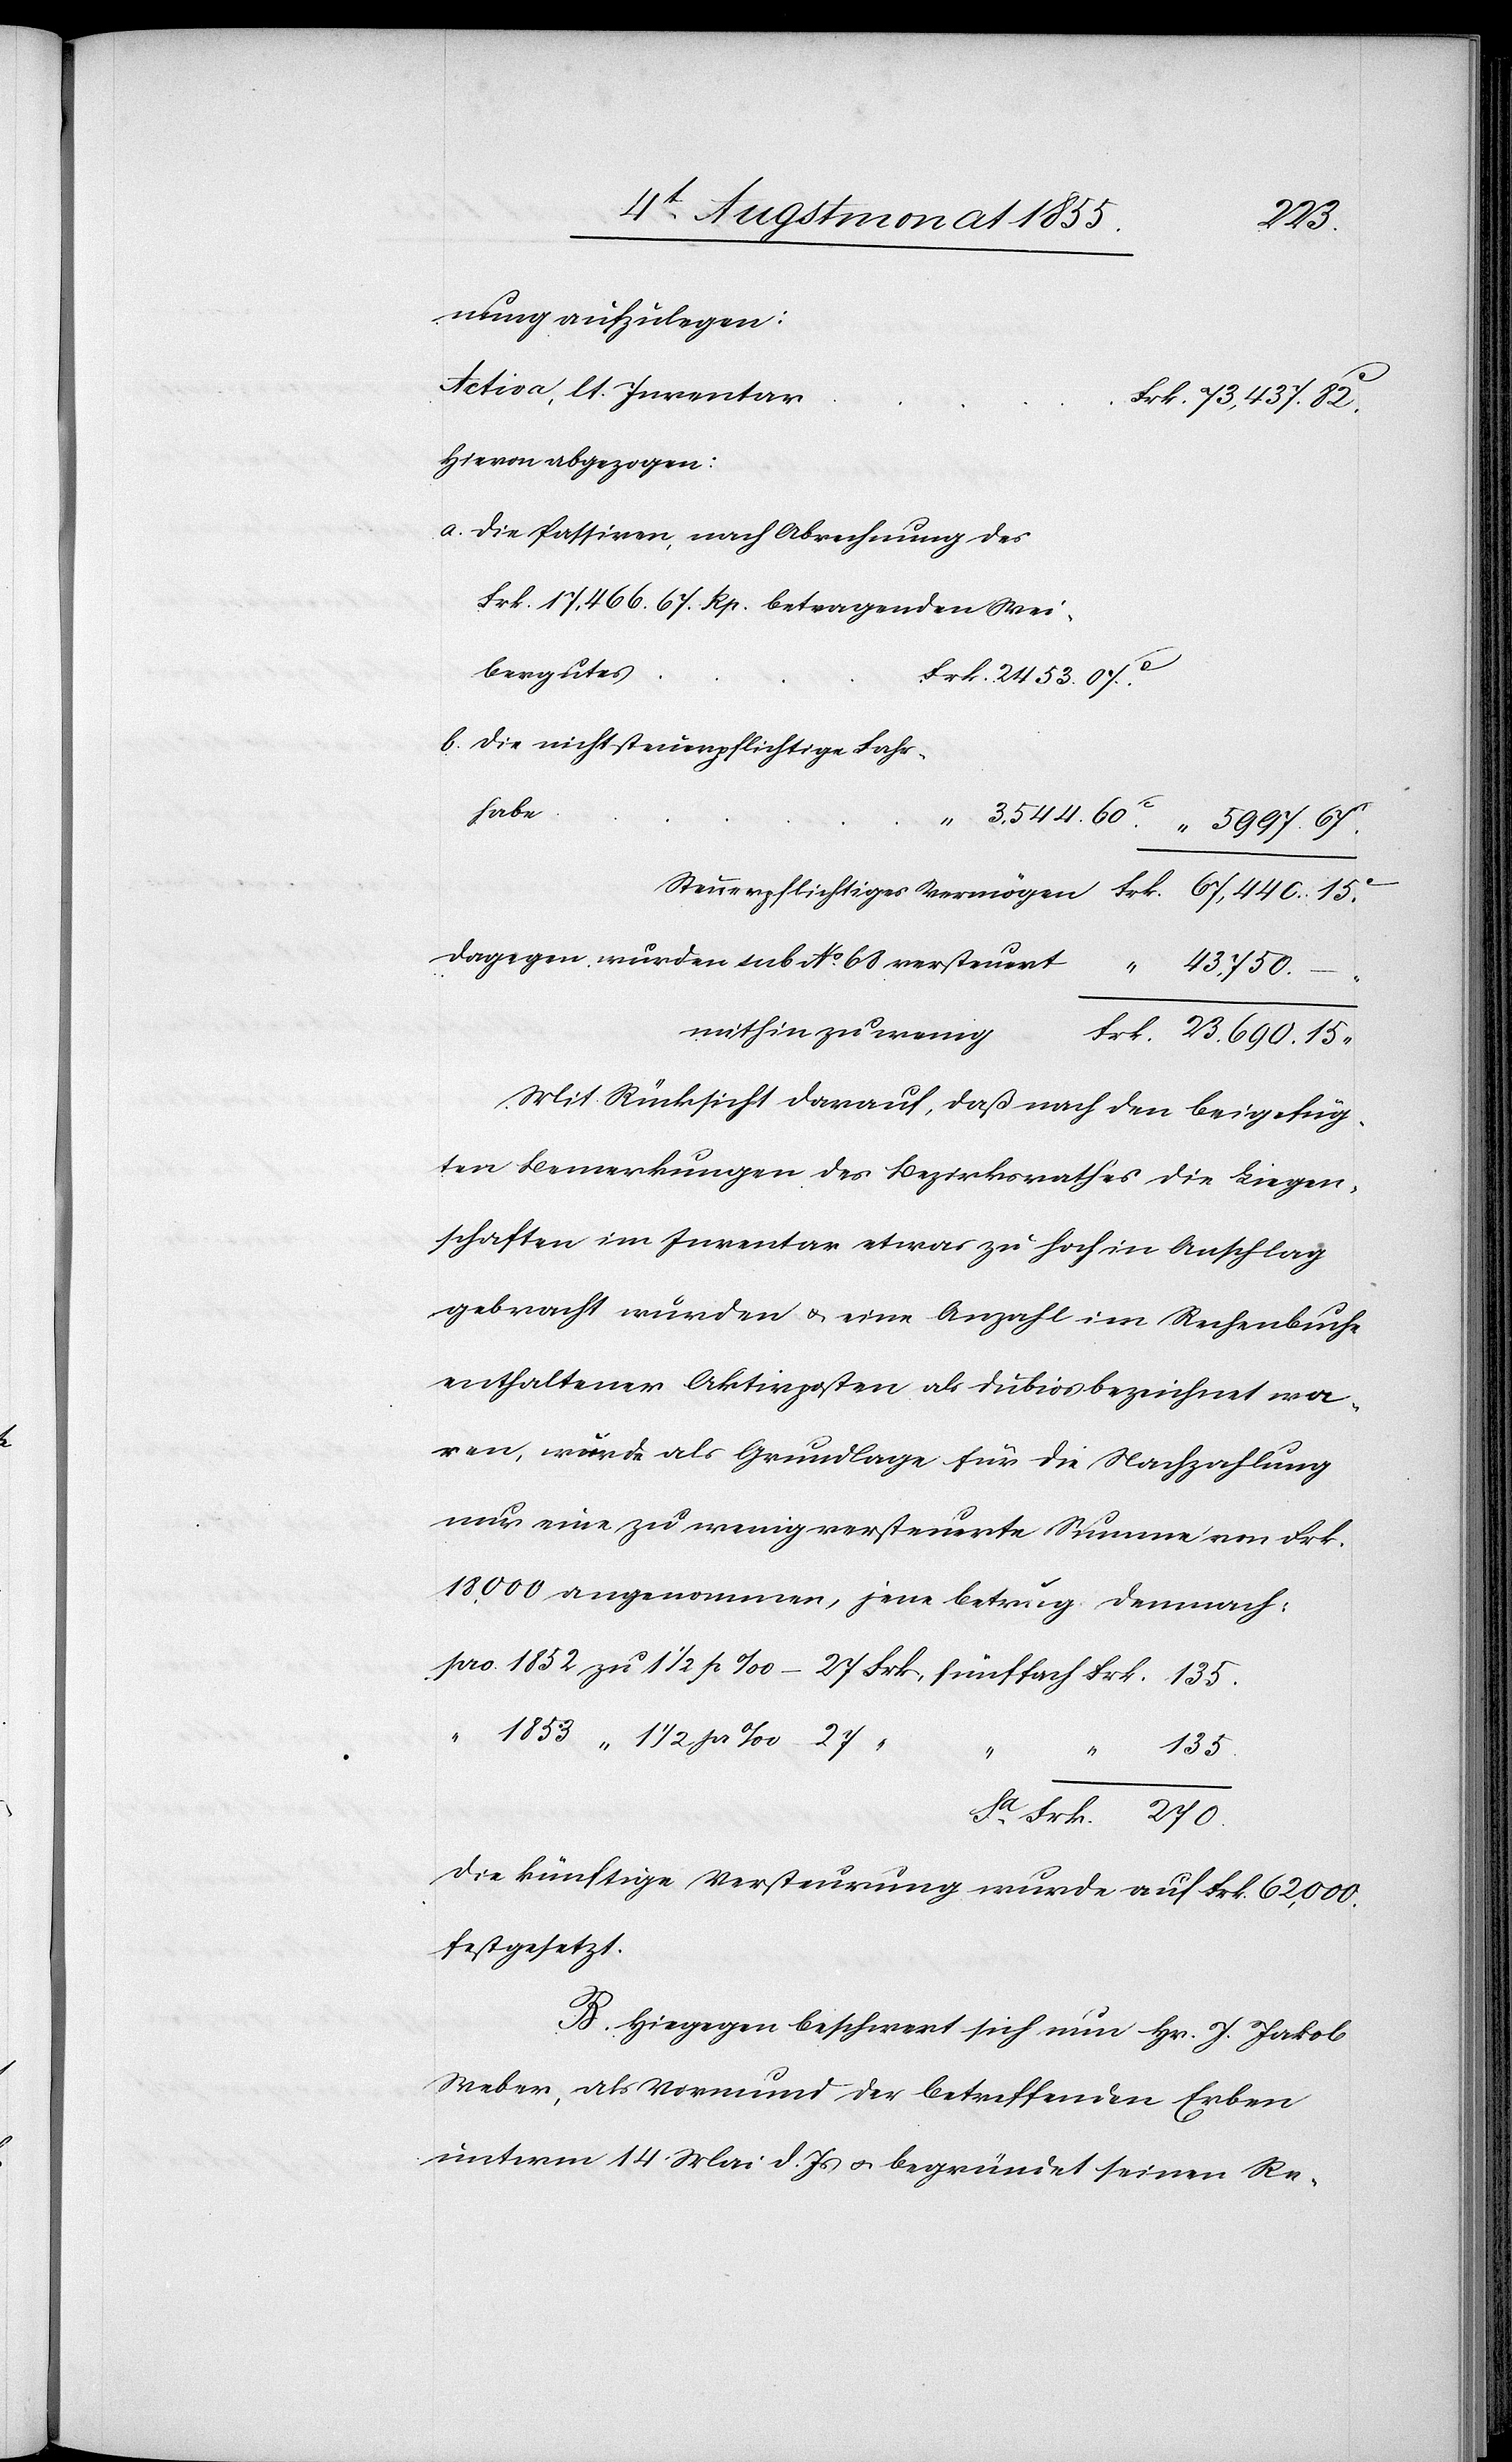
43,750.
nung aufzulegen:
Activa, lt. Inventar
Frk. 73,437. 82.c
Hievon abgezogen:
Die Passiven, nach Abrechnung des
Frk. 17,466. 67. Rp. betragenden Wei¬
Frk. 2453. 07.c
bergutes
Die nicht steuerpflichtige Fahr¬
habe
mithin zu wenig
Frk. 23,690. 15 “
Mit Rücksicht darauf, daß nach den beigefüg¬
ten Bemerkungen des Bezirksrathes die Liegen¬
schaften im Inventar etwas zu hoch in Anschlag
gebracht wurden & eine Anzahl im Rechenbuche
enthaltener Aktivposten als dubios bezeichnet wa¬
ren, wurde als Grundlage für die Nachzahlung
nur eine zu wenig versteuerte Summe von Frk.
18,000 angenommen, jene betrug demnach:
Sa.
135.
1
Frk. 270.
Die künftige Versteurung wurde auf Frk. 62,000.
festgesetzt.
B. Hiegegen beschwert sich nun Hr. J. Jakob
Weber, als Vormund der betreffenden Erben
unterm 14 Mai d. Js & begründet seinen Re-